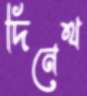
দিনেথ